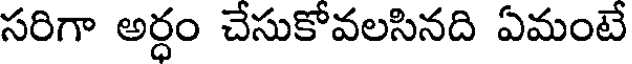
సరిగా అర్ధం చేసుకోవలసినది ఏమంటే